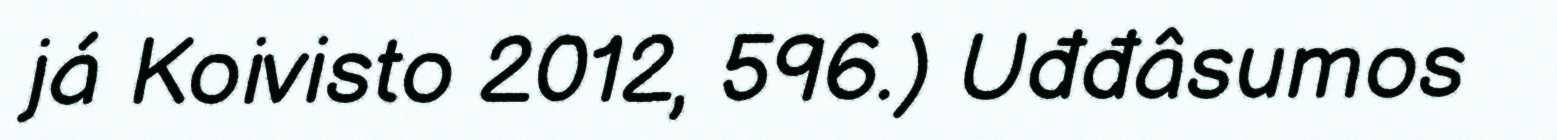
já Koivisto 2012, 596.) Uđđâsumos